Document type: Grant
Year: 1403
Scribe: Berenguer Pedrosell
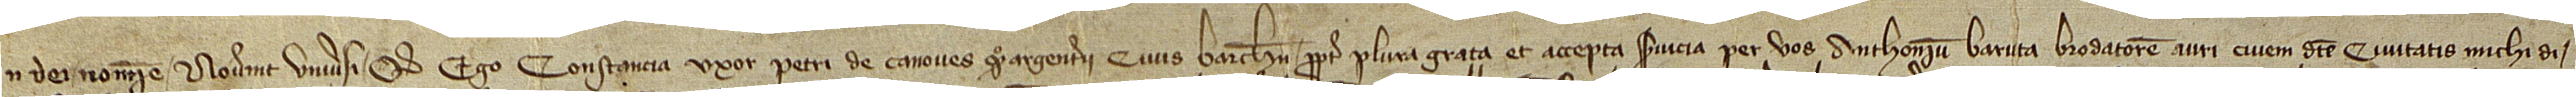
In Dei nomine. Noverint universi quod ego Constancia, uxor Petri de Canoves, quondam, argenterii, civis Barchinone, propter plura grata et accepta servicia per vos Anthonium Baruta, brodatorem auri, civem dicte civitatis, michi di-